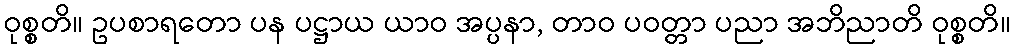
ဝုစ္စတိ။ ဥပစာရတော ပန ပဋ္ဌာယ ယာဝ အပ္ပနာ, တာဝ ပဝတ္တာ ပညာ အဘိညာတိ ဝုစ္စတိ။